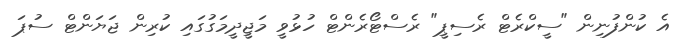
އެ ކުންފުނިން "ސީކްރެޓް ރެސިޕީ" ރެސްޓޯރެންޓް ހުޅުވީ މަޖީދީމަގުގައި ކުރިން ޖަޔަންޓް ސުޕަ